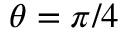
\theta = \pi / 4